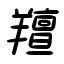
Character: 羶